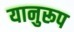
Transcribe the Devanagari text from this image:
यानुरूप